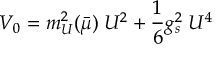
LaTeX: V _ { 0 } = m _ { U } ^ { 2 } ( \bar { \mu } ) \; U ^ { 2 } + \frac { 1 } { 6 } g _ { s } ^ { 2 } \; U ^ { 4 }